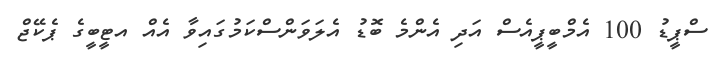
ސްޕީޑު 100 އެމްބީޕީއެސް އަދި އެންމެ ބޮޑު އެލަވަންސްކަމުގައިވާ އެއް އޓީބީގެ ޕެކޭޖް